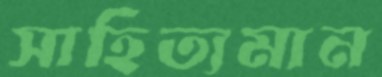
সাহিত্যমান